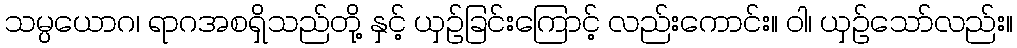
သမ္ပယောဂ၊ ရာဂအစရှိသည်တို့ နှင့် ယှဉ်ခြင်းကြောင့် လည်းကောင်း။ ဝါ၊ ယှဉ်သော်လည်း။